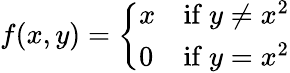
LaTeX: f(x,y)={\left\{ \begin{array}{ll}{x}&{{\mathrm{if~}}y\neq x^{2}}\\ {0}&{{\mathrm{if~}}y=x^{2}}\end{array}\right.}